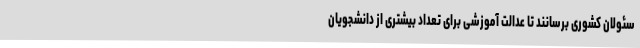
سئولان کشوری برسانند تا عدالت آموزشی برای تعداد بیشتری از دانشجویان